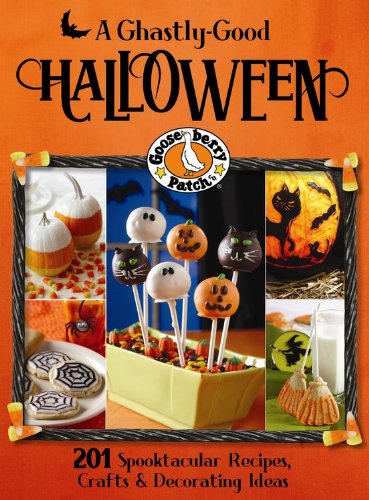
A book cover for Gooseberry Patch A Ghastly-Good Halloween; Gooseberry Patch; Cookbooks, Food & Wine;